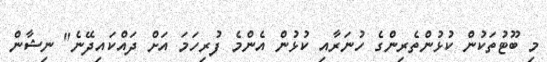
މި ބޫޓުތަކުން ކުޅުންތެރިންގެ ހުނަރާއި ކުޅުން އެންމެ ފުރިހަމަ އަށް ދައްކައިދޭނެ" ނިޝާން